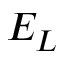
E _ { L }